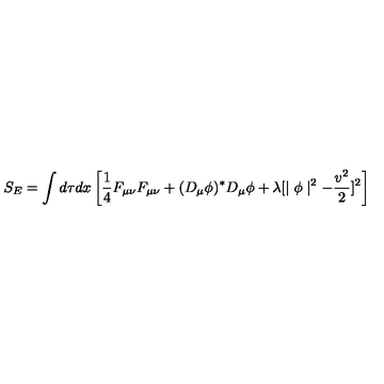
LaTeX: S _ { E } = \int d \tau d x \left[ \frac { 1 } { 4 } F _ { \mu \nu } F _ { \mu \nu } + ( D _ { \mu } \phi ) ^ { \ast } D _ { \mu } \phi + \lambda [ \mid \phi \mid ^ { 2 } - \frac { v ^ { 2 } } { 2 } ] ^ { 2 } \right]